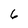
Character: 6